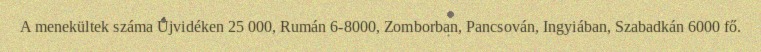
A menekültek száma Újvidéken 25 000, Rumán 6-8000, Zomborban, Pancsován, Ingyiában, Szabadkán 6000 fő.